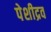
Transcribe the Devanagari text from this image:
पेशीद्रव